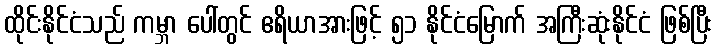
ထိုင်းနိုင်ငံသည် ကမ္ဘာ ပေါ်တွင် ဧရိယာအားဖြင့် ၅၁ နိုင်ငံမြောက် အကြီးဆုံးနိုင်ငံ ဖြစ်ပြီး